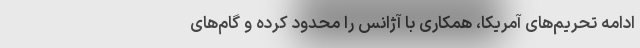
ادامه‌ تحریم‌های آمریکا، همکاری با آژانس را محدود کرده و گام‌های